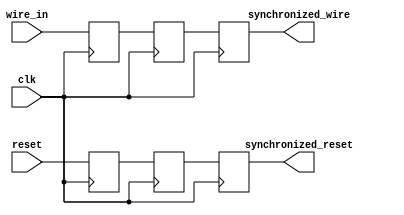
module Synchronizer_with_reset (
    input clk,
    input reset,
    input wire_in,
    output reg synchronized_wire,
    output reg synchronized_reset
);

reg wire_sync1, wire_sync2;
reg reset_sync1, reset_sync2;

always @(posedge clk) begin
    wire_sync1 <= wire_in;
    reset_sync1 <= reset;
end

always @(posedge clk) begin
    wire_sync2 <= wire_sync1;
    synchronized_wire <= wire_sync2;
    
    reset_sync2 <= reset_sync1;
    synchronized_reset <= reset_sync2;
end

endmodule